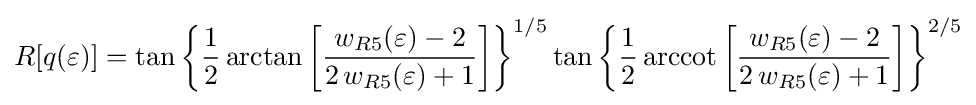
R[q(\varepsilon )]=\tan {\biggl \{}{\frac {1}{2}}\arctan {\biggl [}{\frac {w_{R5}(\varepsilon )-2}{2\,w_{R5}(\varepsilon )+1}}{\biggr ]}{\biggr \}}^{1/5}\tan {\biggl \{}{\frac {1}{2}}\operatorname {arccot} {\biggl [}{\frac {w_{R5}(\varepsilon )-2}{2\,w_{R5}(\varepsilon )+1}}{\biggr ]}{\biggr \}}^{2/5}